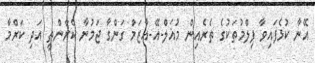
އޭނާ ކުޅެފައިވާ ފިލްމުތަކުގެ ތެރެއިން މުޣަލް-އޭ-އާޒަމް ގަންގާ ޖަމުނާ ކްރާންތީ އަދި ކަރްމާ